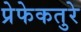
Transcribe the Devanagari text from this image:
प्रेफेकतुरे